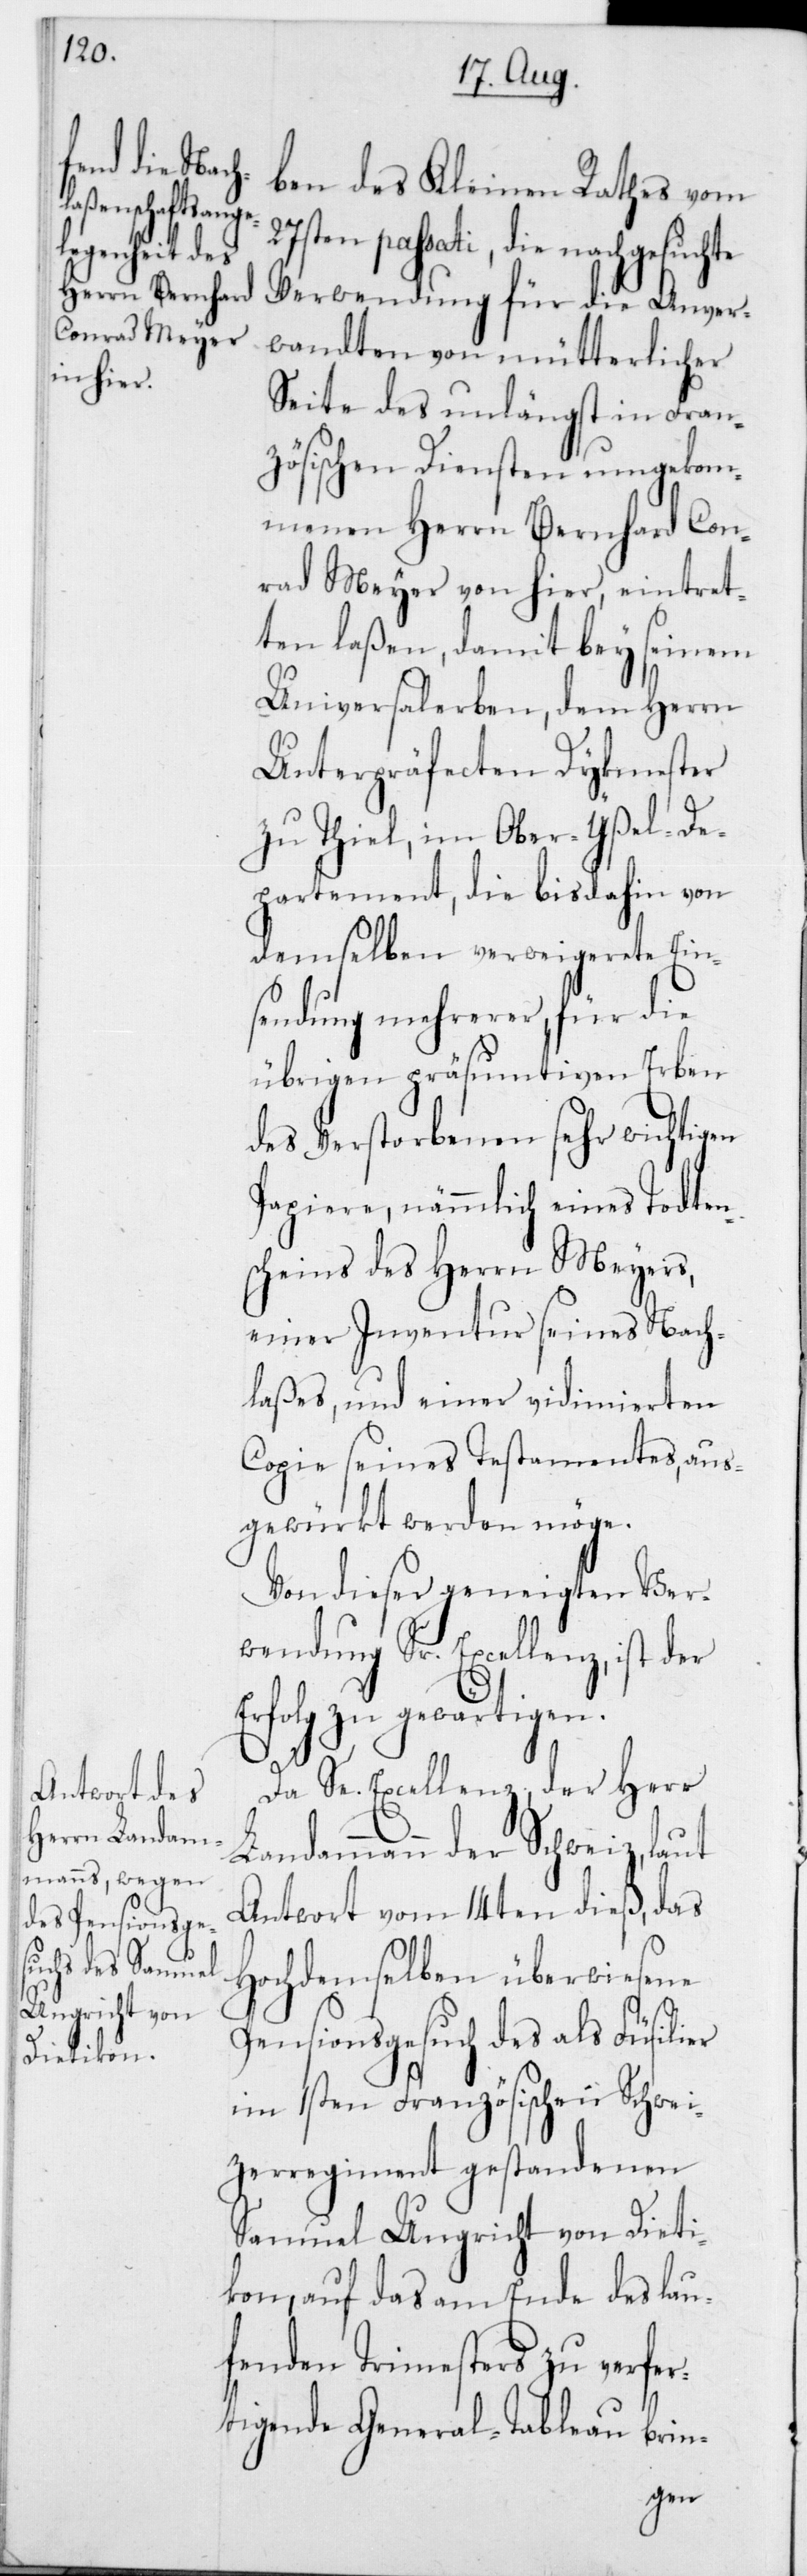
ben des Kleinen Rathes vom
passati, die nachgesuchte
Verwendung für die Anver¬
wandten von mütterlicher
Seite des unlängst in Fran¬
zösischen Diensten umgekom¬
menen Herrn Bernhard Con¬
rad Meyer von hier, eintret¬
ten laßen, damit bey seinem
Universalerben, dem Herrn
Unterpräfecten Dykmester
zu Thiel, im Ober-Yßel-De¬
partement, die bis dahin von
demselben verweigerete Ein¬
sendung mehrerer, für die
übrigen präsumtiven Erben
des Verstorbenen sehr wichtigen
Papiere, nämmlich eines Todten¬
scheins des Herrn Meyers,
einer Inventur seines Nach¬
laßes und einer vidimierten
Copie seines Testamentes, aus¬
gewürkt werden möge.
Von dieser geneigten Ver¬
wendung Sr. Excellenz, ist der
zu gewärtigen.
Da Se. Excellenz,der Herr
Landammann der Schweiz, laut
Antwort vom 14ten dieß, das
Hochdemselben überwiesene
Pensionsgesuch des als Füsilier
im 1sten Französischen Schwei¬
zerregiment gestandenen
Samuel Ungricht von Dieti¬
kon, auf das am Ende des lau¬
fenden Trimesters zu verfer¬
tigende General-Tableau brin-